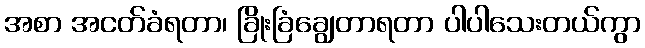
အစာ အငတ်ခံရတာ၊ ခြိုးခြံချွေတာရတာ ပါပါသေးတယ်ကွာ